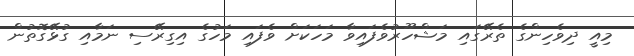
މިއީ ދިވެހިންގެ ތެރޭގައި މަޝްހޫރުވެފައިވާ މަހަކަށް ވެފައި މަހުގެ އިގިރޭސި ނަމާއި ގުޅޭގޮތުން